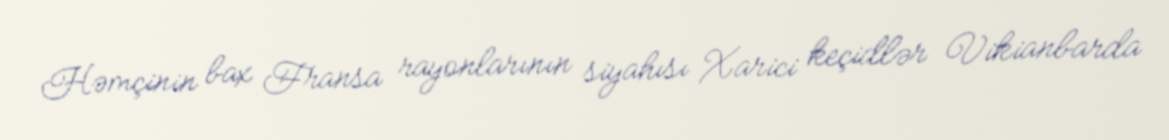
Həmçinin bax Fransa rayonlarının siyahısı Xarici keçidlər Vikianbarda